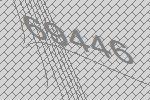
69446